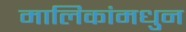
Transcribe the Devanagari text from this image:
मालिकांमधुन